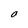
Character: 0